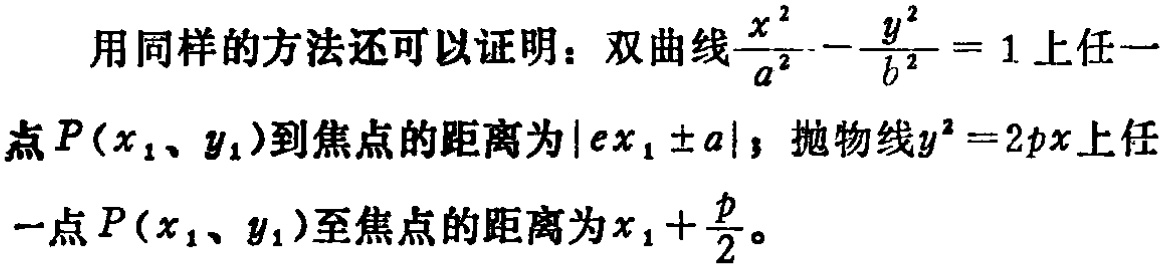
用同样的方法还可以证明：双曲线$\frac{x^{2}}{a^{2}} - \frac{y^{2}}{b^{2}} = 1$上任一点$P(x_{1}、y_{1})$到焦点的距离为$|ex_{1} \pm a|$；抛物线$y^{2} = 2px$上任一点$P(x_{1}、y_{1})$至焦点的距离为$x_{1} + \frac{p}{2}$。